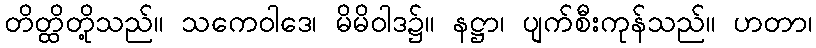
တိတ္ထိတို့သည်။ သကေဝါဒေ၊ မိမိဝါဒ၌။ နဋ္ဌာ၊ ပျက်စီးကုန်သည်။ ဟတာ၊